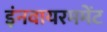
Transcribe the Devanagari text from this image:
इंनवायरममेंट